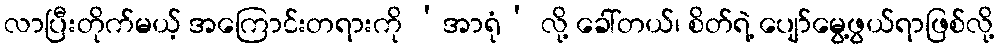
လာပြီးတိုက်မယ့် အကြောင်းတရားကို ‘အာရုံ’ လို့ ခေါ်တယ်၊ စိတ်ရဲ့ ပျော်မွေ့ဖွယ်ရာဖြစ်လို့